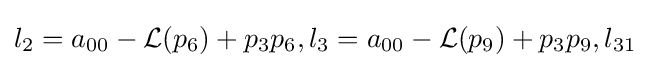
l_{2}=a_{00}-{\mathcal {L}}(p_{6})+p_{3}p_{6},l_{3}=a_{00}-{\mathcal {L}}(p_{9})+p_{3}p_{9},l_{31}